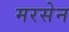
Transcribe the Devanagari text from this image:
मरसेन